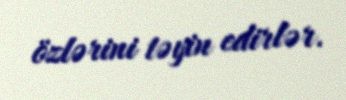
özlərini təyin edirlər.